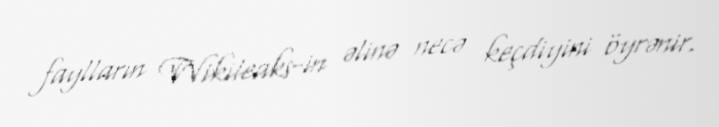
faylların Wikileaks-in əlinə necə keçdiyini öyrənir.